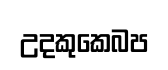
උදකුකෙබප